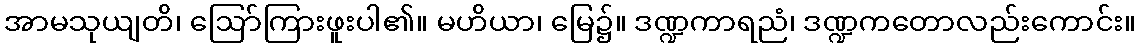
အာမသုယျတိ၊ ဩော်ကြားဖူးပါ၏။ မဟိယာ၊ မြေ၌။ ဒဏ္ဍကာရညံ၊ ဒဏ္ဍကတောလည်းကောင်း။